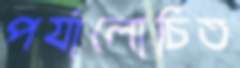
পর্যালোচিত